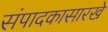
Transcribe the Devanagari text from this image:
संपादकासारखे